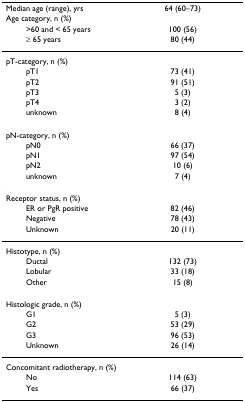
| Median age (range), yrs | 64 (60–73) |
 | Age category, n (%) |  |
 | >60 and < 65 years | 100 (56) |
 | ≥ 65 years | 80 (44) |
 | --- | --- |
 | pT-category, n (%) |  |
 | pT1 | 73 (41) |
 | pT2 | 91 (51) |
 | pT3 | 5 (3) |
 | pT4 | 3 (2) |
 | unknown | 8 (4) |
 | pN-category, n (%) |  |
 | pN0 | 66 (37) |
 | pN1 | 97 (54) |
 | pN2 | 10 (6) |
 | unknown | 7 (4) |
 | Receptor status, n (%) |  |
 | ER or PgR positive | 82 (46) |
 | Negative | 78 (43) |
 | Unknown | 20 (11) |
 | Histotype, n (%) |  |
 | Ductal | 132 (73) |
 | Lobular | 33 (18) |
 | Other | 15 (8) |
 | Histologic grade, n (%) |  |
 | G1 | 5 (3) |
 | G2 | 53 (29) |
 | G3 | 96 (53) |
 | Unknown | 26 (14) |
 | Concomitant radiotherapy, n (%) |  |
 | No | 114 (63) |
 | Yes | 66 (37) |